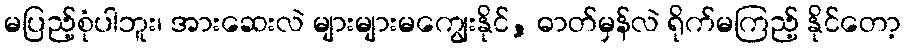
မပြည့်စုံပါဘူး၊ အားဆေးလဲ များများမကျွေးနိုင်, ဓာတ်မှန်လဲ ရိုက်မကြည့် နိုင်တော့